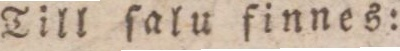
Till ſalu finnes: